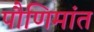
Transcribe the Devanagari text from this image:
पौणिमांत